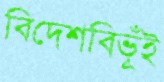
বিদেশবিভূঁই